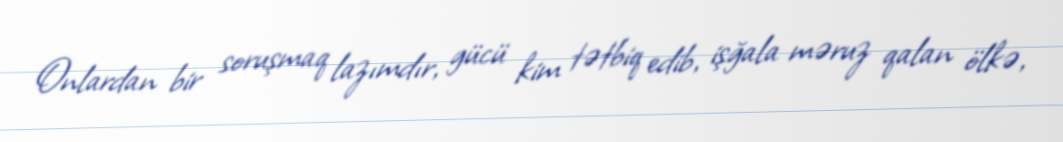
Onlardan bir soruşmaq lazımdır, gücü kim tətbiq edib, işğala məruz qalan ölkə,